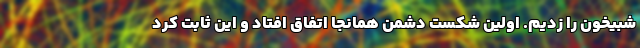
شبیخون را زدیم. اولین شکست دشمن همانجا اتفاق افتاد و این ثابت کرد